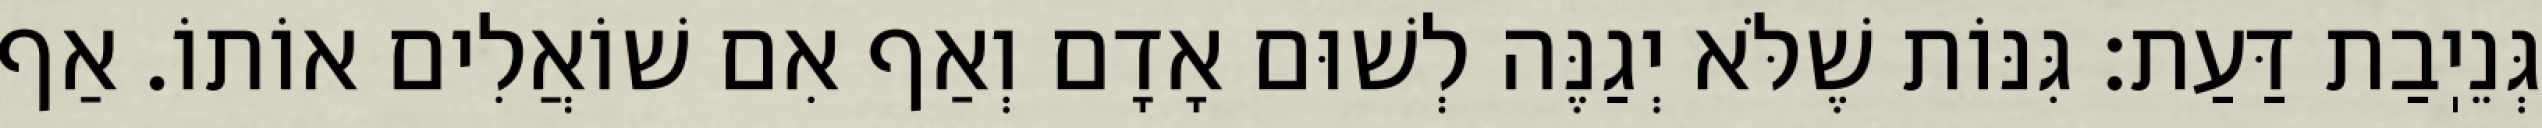
גְּנֵיֽבַת דַּעַת: גִּנּוֹת שֶׁלֹּא יְגַנֶּה לְשׁוּם אָדָם וְאַף אִם שׁוֹאֲלִים אוֹתוֹ. אַף